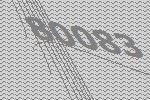
80083